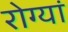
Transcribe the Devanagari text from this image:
रोग्यां